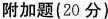
附加题(20分)